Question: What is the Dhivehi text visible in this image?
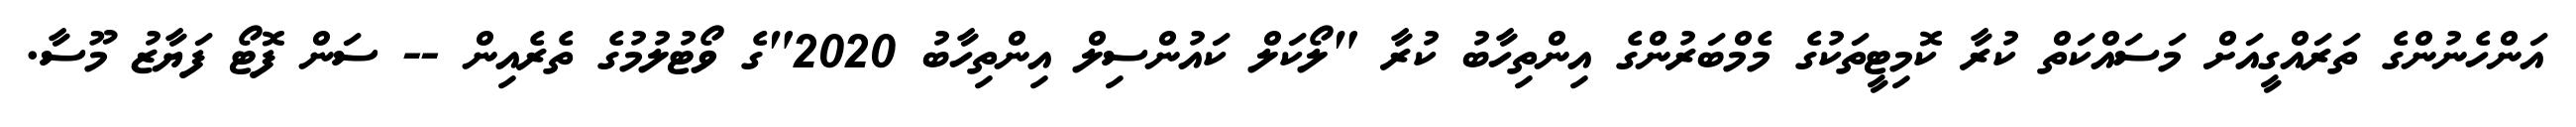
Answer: އަންހެނުންގެ ތަރައްގީއަށް މަސައްކަތް ކުރާ ކޮމިޓީތަކުގެ މެމްބަރުންގެ އިންތިހާބު ކުރާ "ލޯކަލް ކައުންސިލް އިންތިހާބު 2020"ގެ ވޯޓުލުމުގެ ތެރެއިން -- ސަން ފޮޓޯ ފަޔާޒު މޫސާ.